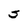
Character: S